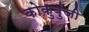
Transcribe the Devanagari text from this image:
कोकुबुंजी